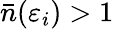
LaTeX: {\bar{n}}(\varepsilon_{i})>1